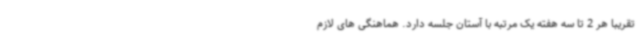
تقریبا هر 2 تا سه هفته یک مرتبه با آستان جلسه دارد. هماهنگی های لازم